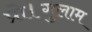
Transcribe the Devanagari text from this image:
प्रो।गुलाम